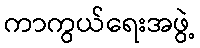
ကာကွယ်ရေးအဖွဲ့